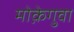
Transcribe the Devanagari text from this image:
मोक़ेगुवा